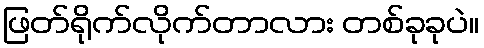
ဖြတ်ရိုက်လိုက်တာလား တစ်ခုခုပဲ။